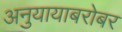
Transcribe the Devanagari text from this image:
अनुयायाबरोबर